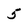
Character: 5